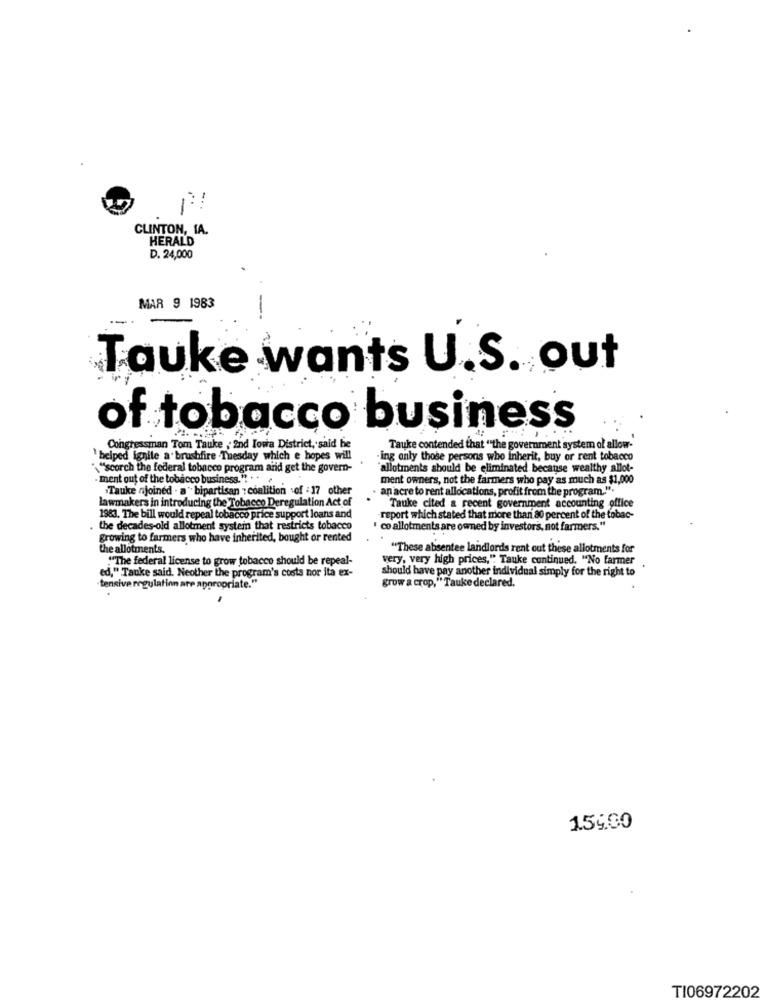
-
CLINTON, IA.
HERALD
D. 24,000
MAR 9 1983
Tauke wants U.S. out
of tobacco business
Congressman Tom Tauke , 2nd Iowa District, said he
Tauke contended that ""the government system of allow-
` helped ignite a brushfire .Tuesday which e hopes will
ing only those persons who inherit, buy or rent tobacco
\""scorch the federal tobacco program and get the govern-
'allotments should be eliminated because wealthy allot-
· ment out of the tobacco business. ". .. .
ment owners, not the farmers who pay as much as $1,000
.Tauke njoined . a" bipartisan : coalition .of : 17 other
an acre to rent allocations, profit from the program.".
lawmakers in introducing the Tobacco Deregulation Act of
Tauke cited a recent government accounting office
1983. The bill would repeal tobacco price support loans and
report which stated that more than 80 percent of the tobac-
the decades-old allotment system that restricts tobacco
" co allotments are owned by investors, not farmers."
growing to farmers who have inherited, bought or rented
the allotments.
"These absentee landlords rent out these allotments for
"The federal license to grow tobacco should be repeal-
very, very high prices," Tauke continued. "No farmer
should have pay another individual simply for the right to
ed," Tauke said. Neother the program's costs nor ita ex-
"tensive regulation are appropriate."
grow a crop," Tauke declared.
159.00
TI06972202